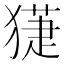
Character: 𤡞